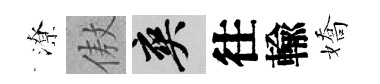
潦傲爽往輸嬌